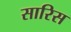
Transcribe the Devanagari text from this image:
सारिस